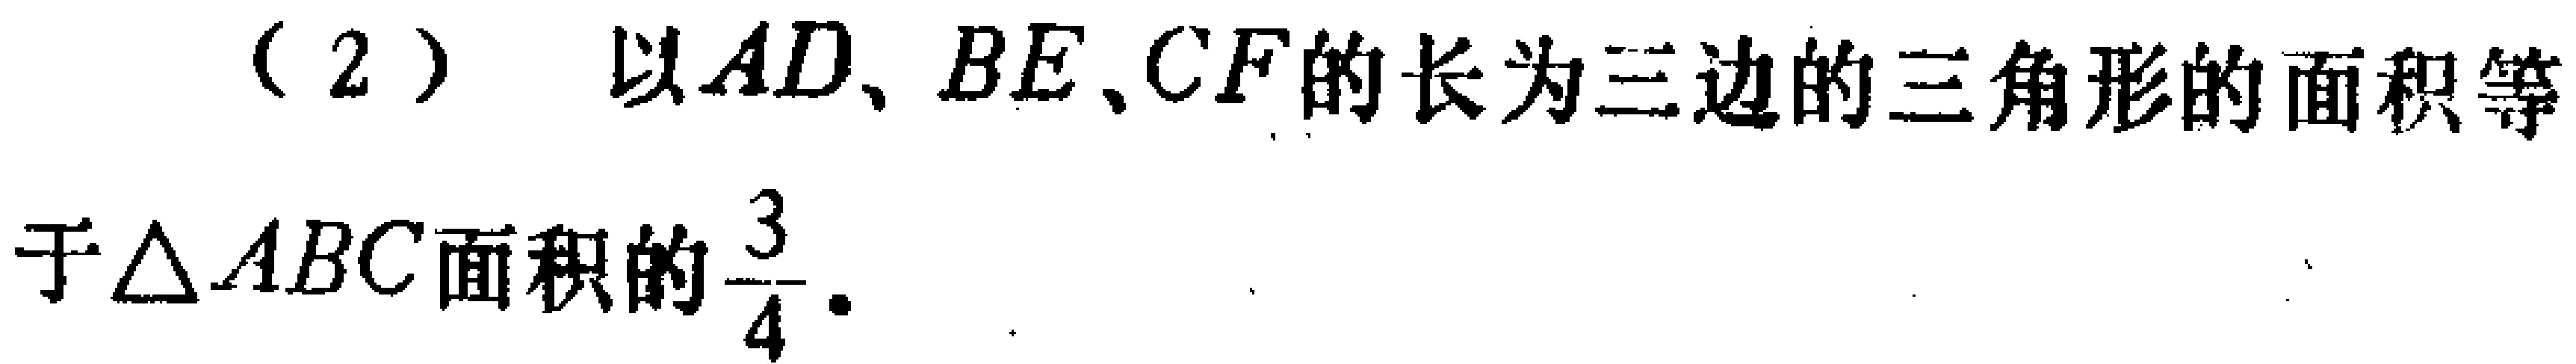
（2） 以\(AD、BE、CF\)的长为三边的三角形的面积等于\(\triangle ABC\)面积的\(\frac{3}{4}\)．